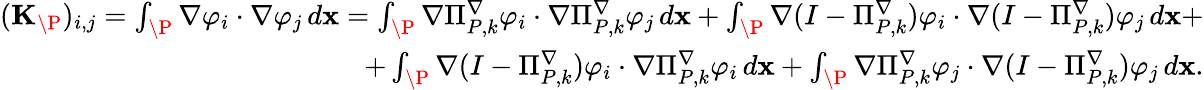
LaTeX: \begin{array}{r}{(\mathbf{K}_{\P})_{i,j}=\int_{\P}\nabla\varphi_{i}\cdot\nabla\varphi_{j}\, d\mathbf{x}=\int_{\P}\nabla\Pi_{{P},k}^{\nabla}\varphi_{i}\cdot\nabla\Pi_{{P},k}^{\nabla}\varphi_{j}\, d\mathbf{x}+\int_{\P}\nabla(I-\Pi_{{P},k}^{\nabla})\varphi_{i}\cdot\nabla(I-\Pi_{{P},k}^{\nabla})\varphi_{j}\, d\mathbf{x}+}\\ {+\int_{\P}\nabla(I-\Pi_{{P},k}^{\nabla})\varphi_{i}\cdot\nabla\Pi_{{P},k}^{\nabla}\varphi_{i}\, d\mathbf{x}+\int_{\P}\nabla\Pi_{{P},k}^{\nabla}\varphi_{j}\cdot\nabla(I-\Pi_{{P},k}^{\nabla})\varphi_{j}\, d\mathbf{x}.}\end{array}